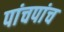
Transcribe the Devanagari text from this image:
पांचपांच